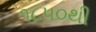
૧૮૫૦થી